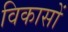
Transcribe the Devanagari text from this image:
विकासों